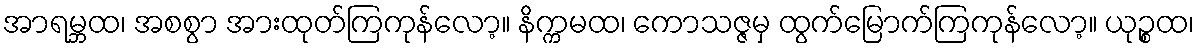
အာရမ္ဘထ၊ အစစွာ အားထုတ်ကြကုန်လော့။ နိက္ကမထ၊ ကောသဇ္ဇမှ ထွက်မြောက်ကြကုန်လော့။ ယုဉ္စထ၊